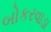
બોકરવાડા